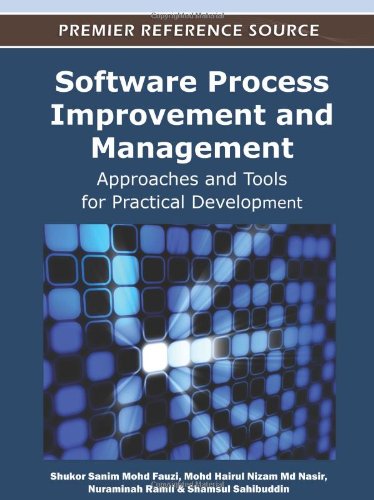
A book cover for Software Process Improvement and Management: Approaches and Tools for Practical Development; Shukor Sanim Mohd Fauzi; Computers & Technology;